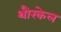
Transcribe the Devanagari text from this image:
थौरकेल